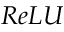
R e L U